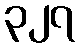
၃၂၇